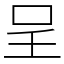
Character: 呈